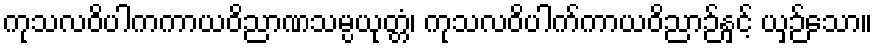
ကုသလဝိပါကကာယဝိညာဏသမ္ပယုတ္တံ၊ ကုသလဝိပါက်ကာယဝိညာဉ်နှင့် ယှဉ်သော။